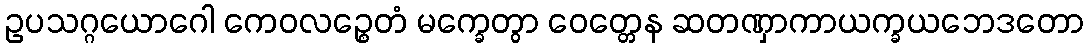
ဥပသဂ္ဂယောဂေါ ကေဝလဉ္စေတံ မက္ခေတွာ ဝေတ္တေန ဆတဏှာကာယက္ခယဘေဒတော